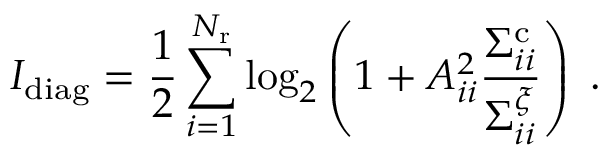
I _ { \mathrm { d i a g } } = \frac { 1 } { 2 } \sum _ { i = 1 } ^ { N _ { \mathrm { r } } } \log _ { 2 } \left( 1 + A _ { i i } ^ { 2 } \frac { \Sigma _ { i i } ^ { \mathrm { c } } } { \Sigma _ { i i } ^ { \xi } } \right) \; .